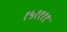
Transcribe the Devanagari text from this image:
१५११११